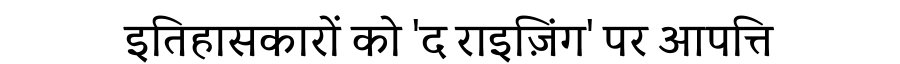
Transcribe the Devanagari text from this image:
इतिहासकारों को 'द राइज़िंग' पर आपत्ति